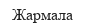
Жармала